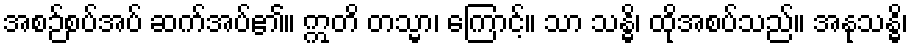
အစဉ်စပ်အပ် ဆက်အပ်၏။ ဣတိ တသ္မာ၊ ကြောင့်။ သာ သန္ဓိ၊ ထိုအစပ်သည်။ အနုသန္ဓိ၊